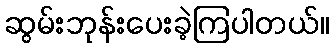
ဆွမ်းဘုန်းပေးခဲ့ကြပါတယ်။